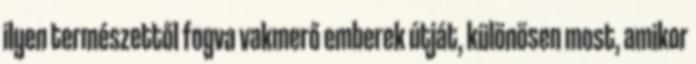
ilyen természettől fogva vakmerő emberek útját, különösen most, amikor